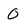
Character: O